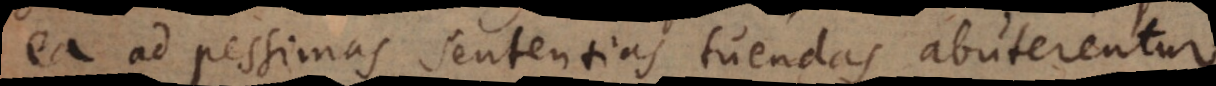
ea ad pessimas sententias tuendas abuterentur,